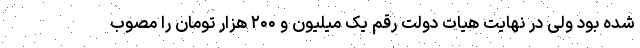
شده بود ولی در نهایت هیات دولت رقم یک میلیون و ۲۰۰ هزار تومان را مصوب